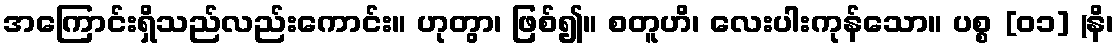
အကြောင်းရှိသည်လည်းကောင်း။ ဟုတွာ၊ ဖြစ်၍။ စတူဟိ၊ လေးပါးကုန်သော။ ပစ္စ [၀၁] (နိ၊